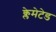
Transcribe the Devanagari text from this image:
क्लेमेटेड